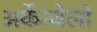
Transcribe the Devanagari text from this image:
अर्केन्जेलो